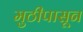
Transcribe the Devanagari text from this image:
मुठीपासून